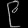
Digit: ၉